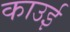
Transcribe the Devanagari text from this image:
काउई